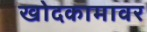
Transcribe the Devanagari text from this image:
खोदकामावर